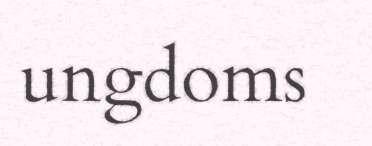
ungdoms